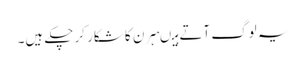
یہ لوگ آتے ہیںہرن کا شکار کرچکے ہیں۔